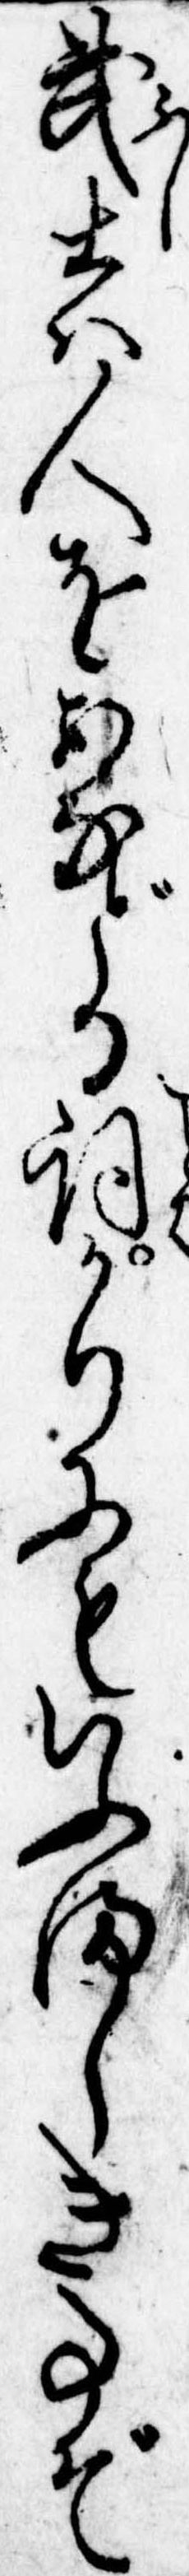
武士は人をあなどる詞かりにもいふましき事ぞ